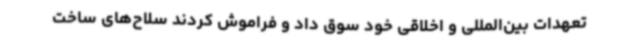
تعهدات بین‌المللی و اخلاقی خود سوق داد و فراموش کردند سلاح‌های ساخت